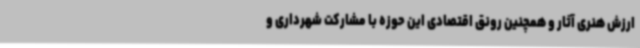
ارزش هنری آثار و همچنین رونق اقتصادی این حوزه با مشارکت شهرداری و